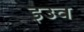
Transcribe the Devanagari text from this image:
इउव